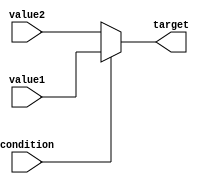
module conditional_operator_assignment (
    input wire condition,      // Boolean condition
    input wire [7:0] value1,  // First value to assign if condition is true
    input wire [7:0] value2,  // Second value to assign if condition is false
    output reg [7:0] target    // Target variable to receive the assigned value
);

    always @(*) begin
        // Conditional assignment using the ternary operator
        target = condition ? value1 : value2;
    end

endmodule